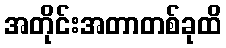
အတိုင်းအတာတစ်ခုထိ